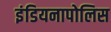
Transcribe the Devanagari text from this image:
इंडियनापोलिस